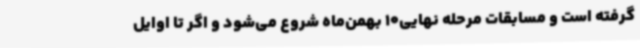
گرفته است و مسابقات مرحله نهایی10 بهمن‌ماه شروع می‌شود و اگر تا اوایل